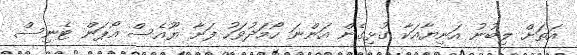
އަތަށް ލިބުނު އަނިޔާއަކާ ގުޅިގެން އަންނަ ހޯމަދުވަހު ފަށާ ޔޫއެސް އޯޕަން ޓެނިސް